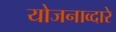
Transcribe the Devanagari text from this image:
योजनाव्दारे